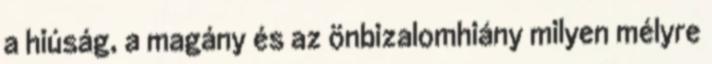
a hiúság, a magány és az önbizalomhiány milyen mélyre